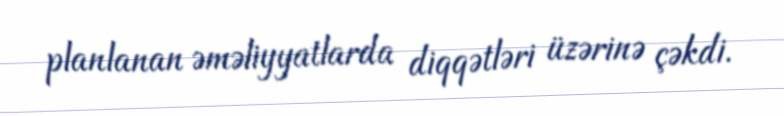
planlanan əməliyyatlarda diqqətləri üzərinə çəkdi.